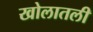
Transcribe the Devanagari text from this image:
खोलातली